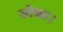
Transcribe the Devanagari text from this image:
सोका।